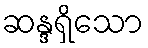
ဆန္ဒရှိသော